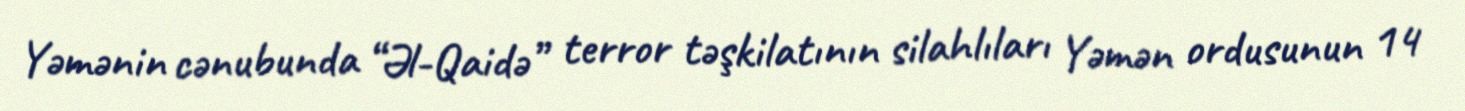
Yəmənin cənubunda “Əl-Qaidə” terror təşkilatının silahlıları Yəmən ordusunun 14